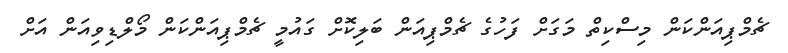
ޗެމްޕިއަންކަން މިސްކިތް މަގަށް ފަހުގެ ޗެމްޕިއަން ބަލިކޮށް ގައުމީ ޗެމްޕިއަންކަން މޯލްޑިވިއަން އަށް